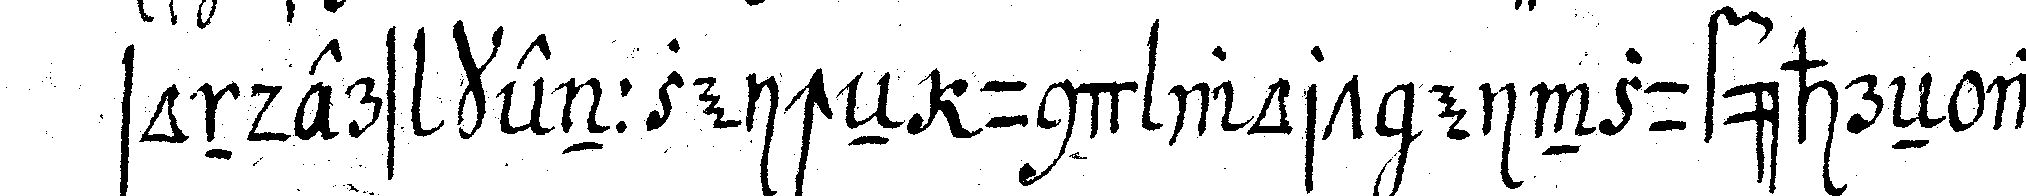
sonders kennzeicheN und wort einzuführeN wel